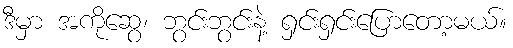
ဒီမှာ အကိုဆွေ၊ ဘွင်းဘွင်းနဲ့ ရှင်းရှင်းပြောတော့မယ်။